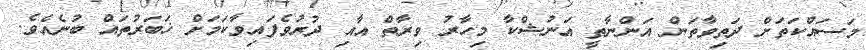
މަސައްކަތަށް ދަތިވާތަން އަންނާތީ އަނުޝްކާ މިހާރު ވިރާތް އާއި ދުރުވެފައިވާކަމަށް ޚަބަރުތައް ބުނެއެވެ.